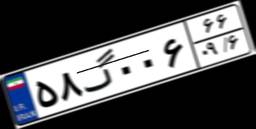
۵۸گ۰۰۶۶۶